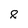
Character: 8